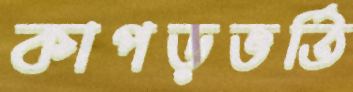
কাপড়ভর্তি